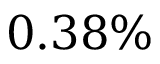
0 . 3 8 \%